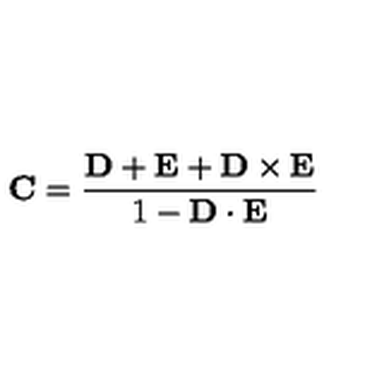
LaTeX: { \bf C } = { \frac { \bf D + E + D \times E } { 1 - { \bf D \cdot E } } }